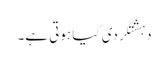
دہشتگردی کیا ہوتی ہے۔